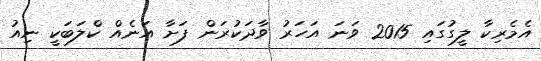
އެމެރިކާ ލީގުގައި 2015 ވަނަ އަހަރު ވާދަކުރަން ފަށާ އަނެއް ކްލަބަކީ ނިއު